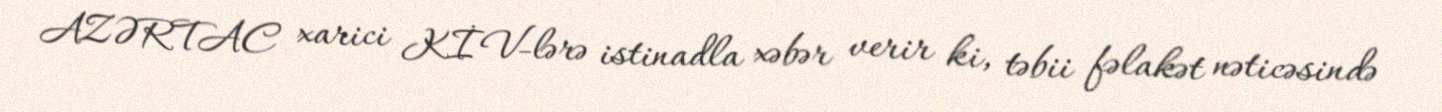
AZƏRTAC xarici KİV-lərə istinadla xəbər verir ki, təbii fəlakət nəticəsində